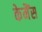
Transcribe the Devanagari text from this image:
केमैंस